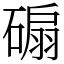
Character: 𥔱